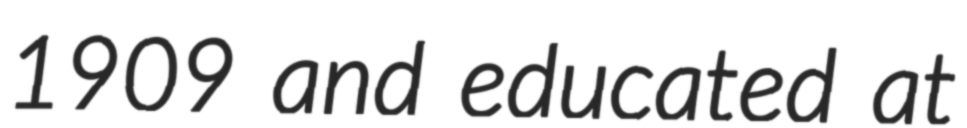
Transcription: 1909 and educated at